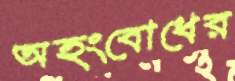
অহংবোধের